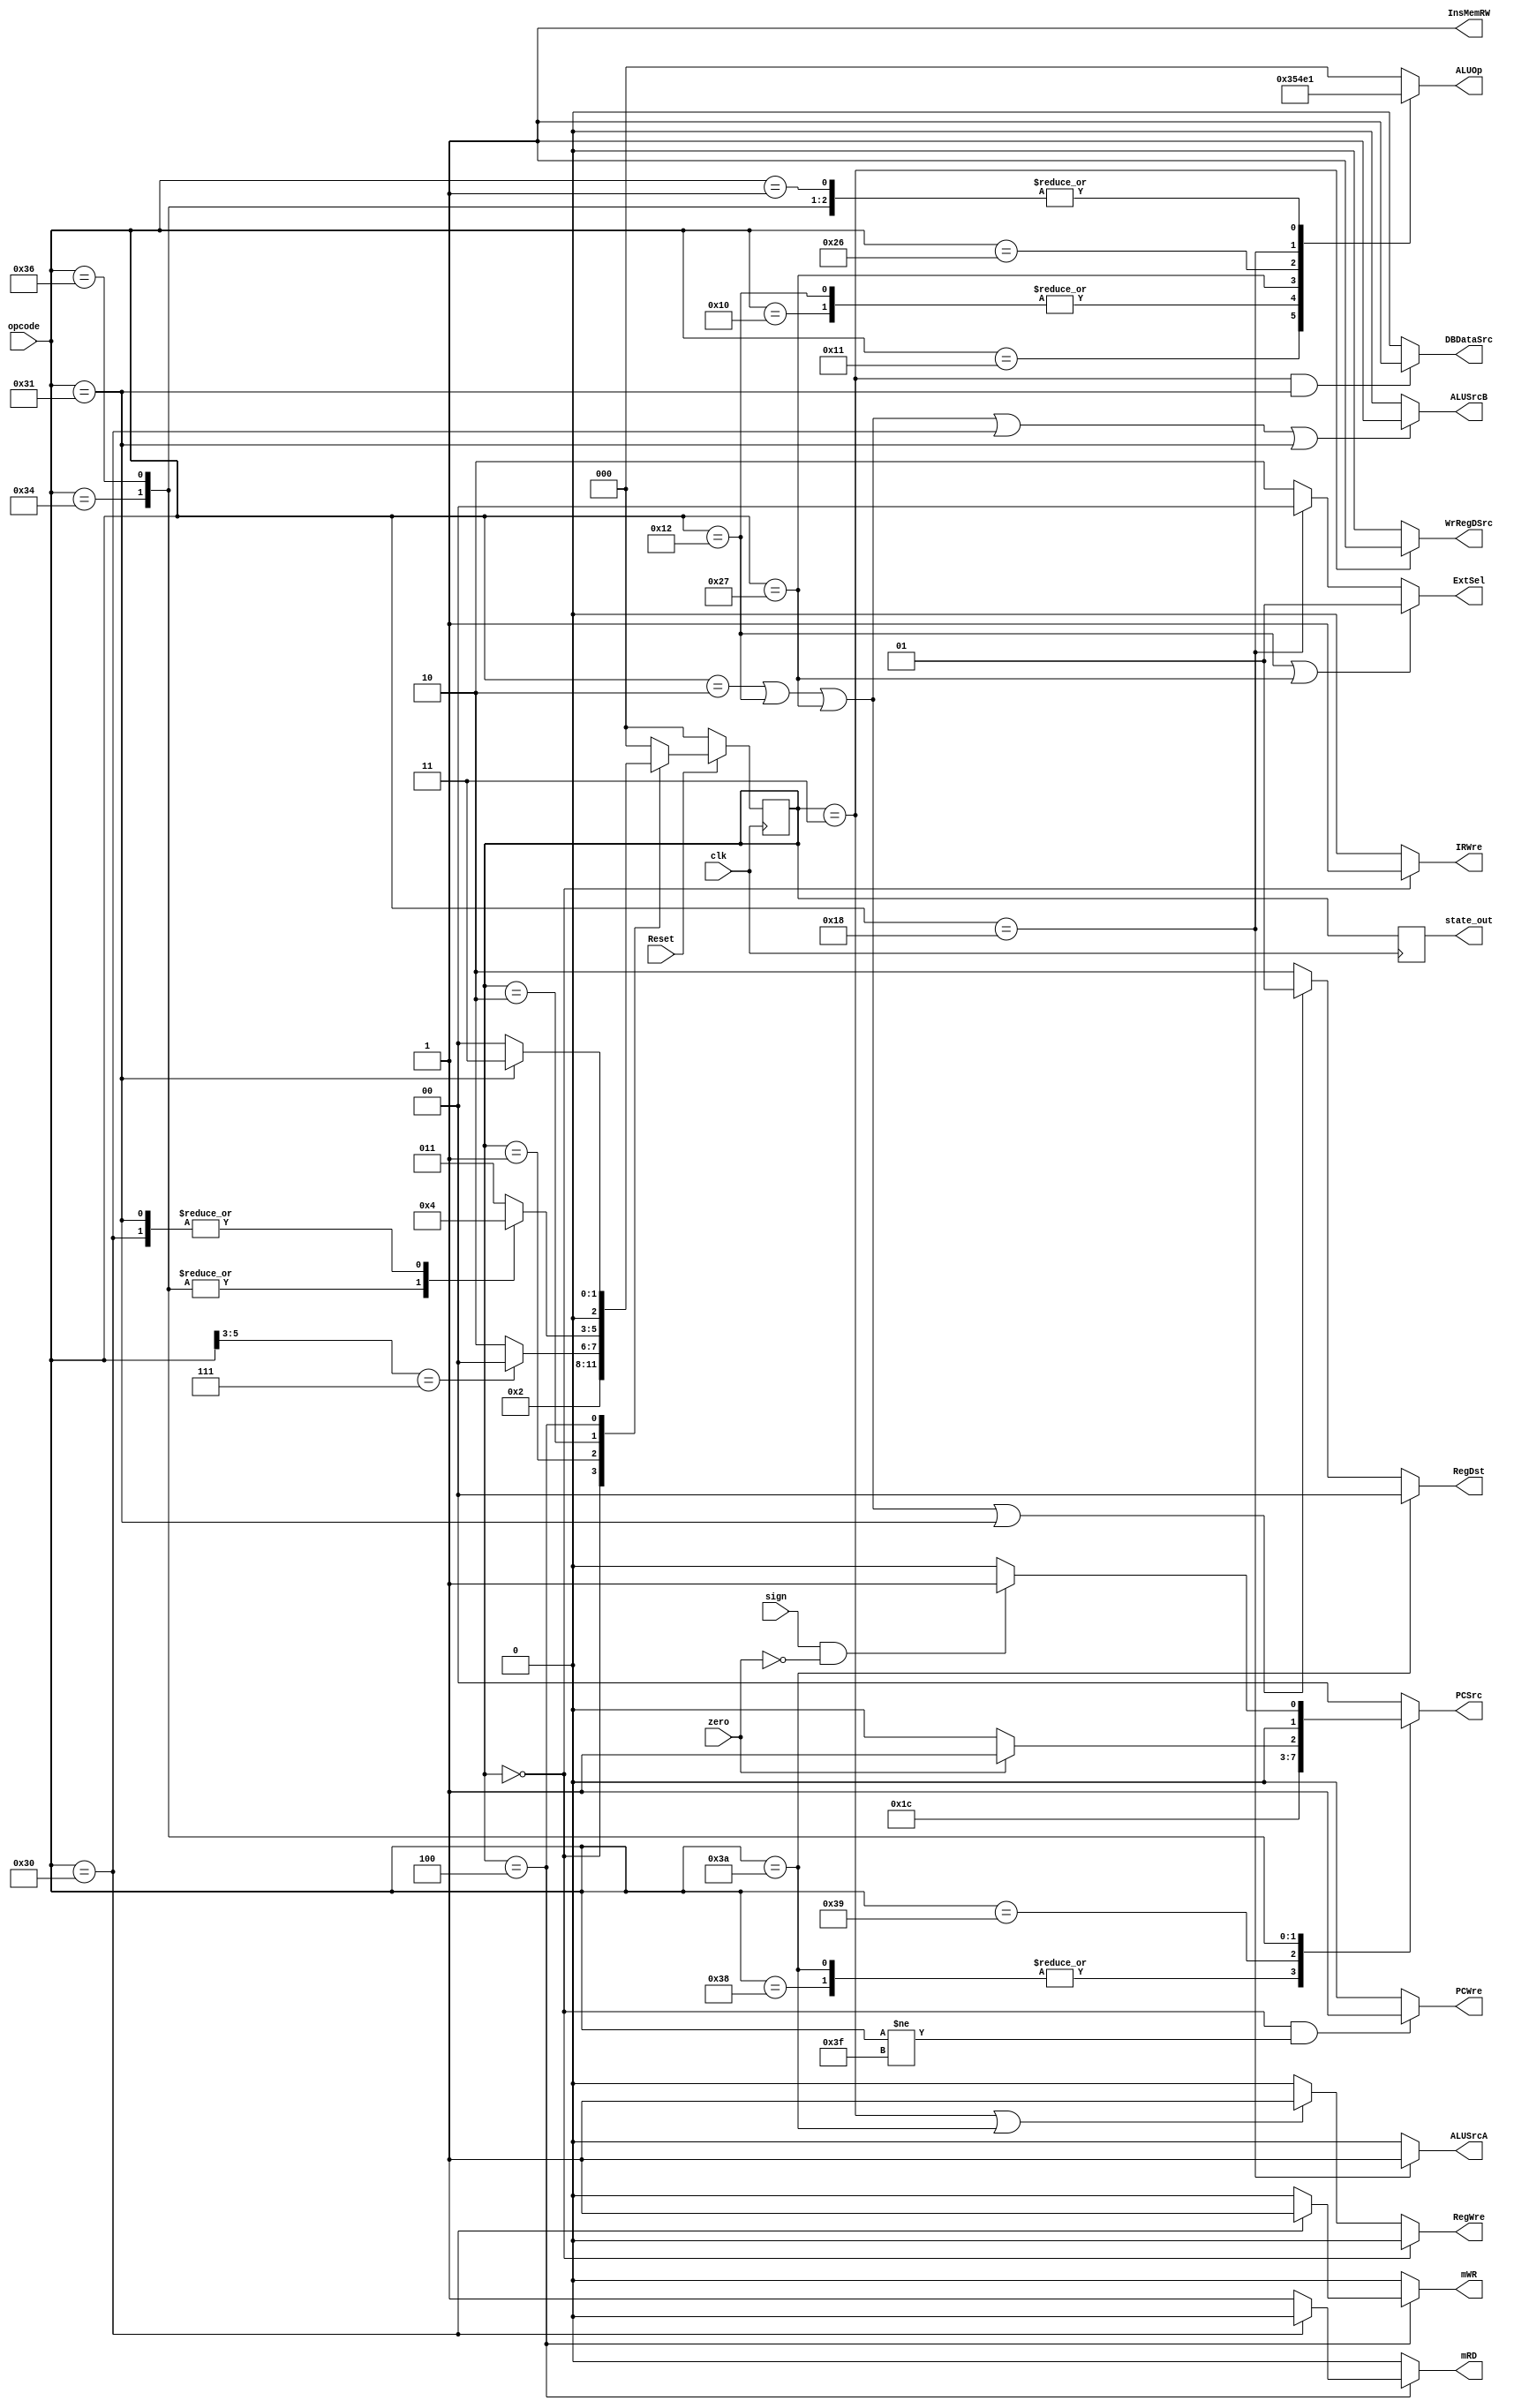
`timescale 1ns / 1ps
//////////////////////////////////////////////////////////////////////////////////
// Company: 
// Engineer: 
// 
// Design Name: 
// Module Name: controlUnit
// Project Name: 
// Target Devices: 
// Tool Versions: 
// Description: 
// 
// Dependencies: 
// 
// Revision:
// Revision 0.01 - File Created
// Additional Comments:
// 
//////////////////////////////////////////////////////////////////////////////////

module controlUnit(input [5:0] opcode,   
                   input zero, sign, clk, Reset,  
           output reg PCWre, InsMemRW, IRWre, WrRegDSrc, RegWre, ALUSrcA, ALUSrcB, DBDataSrc, mRD, mWR,  
           output reg [1:0] ExtSel, RegDst, PCSrc,  
           output reg [2:0] ALUOp, state_out);  
    parameter [2:0] sif = 3'b000,   // IF state  
                    sid = 3'b001,   // ID state  
                    exe = 3'b010,   // EXE state
                    smem = 3'b100,  // MEM state  
                    swb = 3'b011;   // WB state
                            
    parameter [5:0] addi = 6'b000010,  
                    ori = 6'b010010,  
                    sll = 6'b011000,  
                    add = 6'b000000,  
                    sub = 6'b000001,  
                    slt = 6'b100110,
                    sltiu = 6'b100111,  
                    sw = 6'b110000,  
                    lw = 6'b110001,  
                    beq = 6'b110100,
                    bltz = 6'b110110,  
                    j = 6'b111000,  
                    jr = 6'b111001,  
                    Or = 6'b010000,  
                    And = 6'b010001,  
                    jal = 6'b111010,  
                    halt = 6'b111111;  
                                   
    reg [2:0] state, next_state;  
      
    initial begin  
        PCWre = 0;  
        InsMemRW = 0;  
        IRWre = 0;  
        WrRegDSrc = 0;  
        RegWre = 0;
        ALUSrcA = 0;  
        ALUSrcB = 0;  
        DBDataSrc = 0;  
        mRD = 0;  
        mWR = 0;
        ExtSel = 2'b11;  
        RegDst = 2'b11;  
        PCSrc = 2'b00;  
        ALUOp = 0;  
        state = sif;  
        state_out = state;  
    end  
      
    always @(posedge clk) begin  
         if (Reset == 0) begin  
              state <= sif;  
         end else begin  
              state <= next_state;  
         end  
         state_out = state;  
    end  
      
    always @(state or opcode) begin  
    case(state)  
         sif: next_state = sid;  
         sid: begin  
             case (opcode[5:3])  
                3'b111: next_state = sif; // j, jal, jr, halt   
                default: next_state = exe; // else 
             endcase  
         end  
         exe: begin
             case (opcode)
                6'b110100: next_state = sif;    //beq
                6'b110110: next_state = sif;    //bltz
                6'b110000: next_state = smem;   //sw
                6'b110001: next_state = smem;   //lw
                default: next_state = swb;      //else
             endcase
         end
         smem: begin  
             if (opcode == 6'b110001) next_state = swb; // lw  
                else next_state = sif; // sw  
         end   
         default: next_state = sif;  
         endcase  
    end  
           
    always @(state or opcode) begin  
      
        // PCWre  
        if (state == sif && opcode != halt) PCWre = 1;  
        else PCWre = 0;  
            
        // InsMemRW  
        InsMemRW = 1;  
            
        // IRWre  
        if (state == sif) IRWre = 1;  
        else IRWre = 0;  
            
        // WrRegDSrc  
        if (state == swb) WrRegDSrc = 1;  
        else WrRegDSrc = 0;  
            
        // RegWre  
        if (state == swb || opcode == jal) RegWre = 1;  
        else RegWre = 0;  
        
        // ALUSrcA
        if (opcode ==sll) ALUSrcA = 1;
        else ALUSrcA = 0;
          
          // ALUSrcB  
        if (opcode == addi || opcode == ori || opcode == sltiu || opcode == sw || opcode == lw) ALUSrcB = 1;  
        else ALUSrcB = 0;  
          
          // mWR, mRD
        if (state == smem) begin
            if(opcode == sw) begin
                mWR = 1;
                mRD = 0;
            end else begin
                mWR = 0;
                mRD = 1;
            end
        end else begin
            mWR = 0;
            mRD = 0;
        end        
          
          // DBDataSrc  
        if (state == swb && opcode == lw ) DBDataSrc = 1;  
        else DBDataSrc = 0;  
          
          // ExtSel  
        if (opcode == ori || opcode == sltiu) ExtSel = 2'b01;  
        else if (opcode == sll) ExtSel = 2'b00;  
        else ExtSel = 2'b10;  
          
          // RegDst  
        if (opcode == jal) RegDst = 2'b00;  
        else if (opcode == addi || opcode == ori || opcode == sltiu || opcode == lw) RegDst = 2'b01;  
        else RegDst = 2'b10;  
          
          // PCSrc  
        case(opcode)  
            j: PCSrc = 2'b11;  
            jal: PCSrc = 2'b11;  
            jr: PCSrc = 2'b10;  
            beq: begin  
                if (zero) PCSrc = 2'b01;  
                else PCSrc = 2'b00;  
            end  
            bltz: begin
                if(sign==1&&zero==0) PCSrc = 2'b01;
                else PCSrc = 2'b00;
            end
            default: PCSrc = 2'b00;  
        endcase  
          
          // ALUOp  
        case(opcode)  
            sub: ALUOp = 3'b001;  
            Or: ALUOp = 3'b101;  
            And: ALUOp = 3'b110;  
            ori: ALUOp = 3'b101;  
            sltiu: ALUOp = 3'b010;  
            slt: ALUOp = 3'b011;
            sll: ALUOp = 3'b100;  
            beq: ALUOp = 3'b001;  
            bltz: ALUOp = 3'b001;
            default: ALUOp = 3'b000;  
        endcase  
          
          // IF  
        if (state == sif) begin  
            RegWre = 0;  
        end  
    end  
           
endmodule